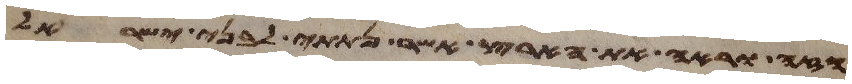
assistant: הזה וראה את הארץ אשר נתתי לבני ישראל